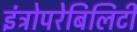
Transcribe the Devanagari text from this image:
इंट्रोपरेबिलिटी